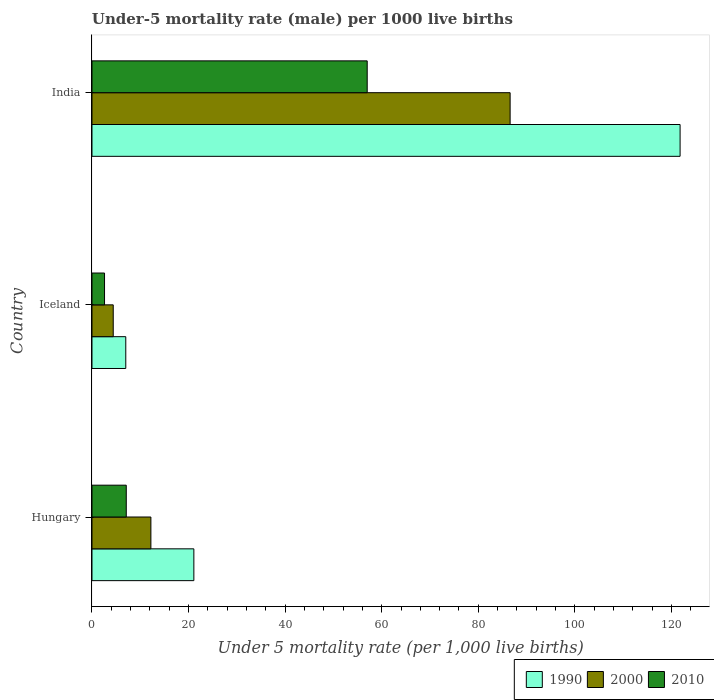
| Country | 1990 | 2000 | 2010 |
 | --- | --- | --- | --- |
 | Hungary | 21.1 | 12.2 | 7.1 |
 | Iceland | 7 | 4.4 | 2.6 |
 | India | 122 | 86.6 | 57 |